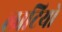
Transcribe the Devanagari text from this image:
लाटियो